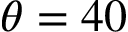
\theta = 4 0